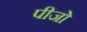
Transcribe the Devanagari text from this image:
पीजो